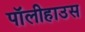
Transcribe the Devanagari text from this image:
पॉलीहाउस